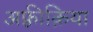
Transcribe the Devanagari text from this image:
अफ़्रीक़िया